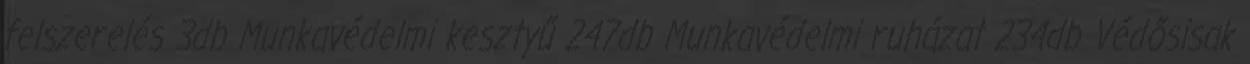
felszerelés 3db Munkavédelmi kesztyű 247db Munkavédelmi ruházat 234db Védősisak